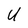
Character: U